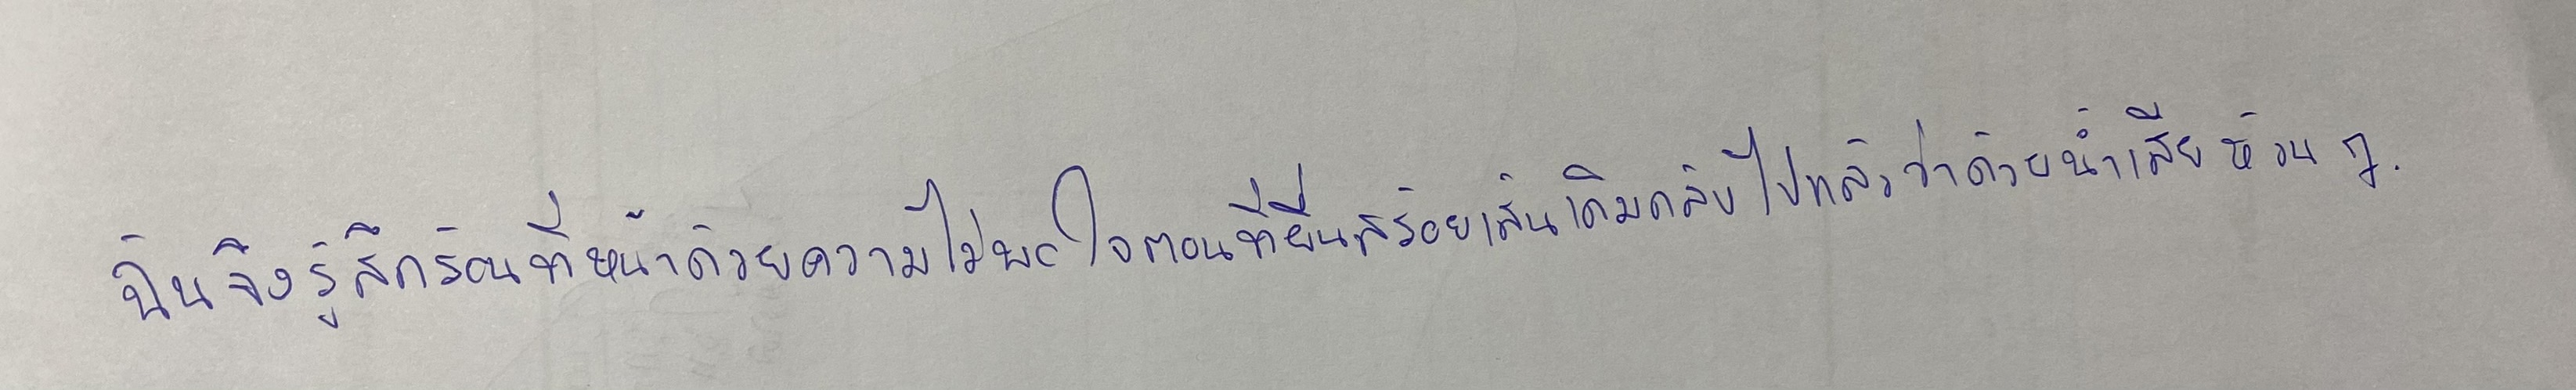
ฉันจึงรู้สึกร้อนที่หน้าด้วยความไม่พอใจตอนที่ยื่นสร้อยเส้นเดิมกลับไปแล้วว่าด้วยน้ำเสียงห้วนๆ